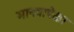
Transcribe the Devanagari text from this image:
मानवापेक्षा